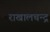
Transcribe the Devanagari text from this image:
राखालचन्द्र